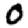
Digit: 0